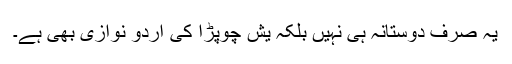
یہ صرف دوستانہ ہی نہیں بلکہ یش چوپڑا کی اردو نوازی بھی ہے۔